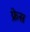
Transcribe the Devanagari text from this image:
फ्रेस